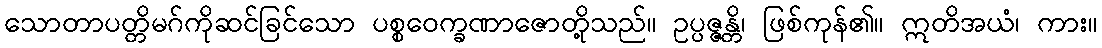
သောတာပတ္တိမဂ်ကိုဆင်ခြင်သော ပစ္စဝေက္ခဏာဇောတို့သည်။ ဥပ္ပဇ္ဇန္တိ၊ ဖြစ်ကုန်၏။ ဣတိအယံ၊ ကား။